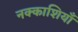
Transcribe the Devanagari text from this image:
नक्काशियाँ